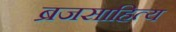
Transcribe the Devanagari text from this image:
ब्रजसाहित्य